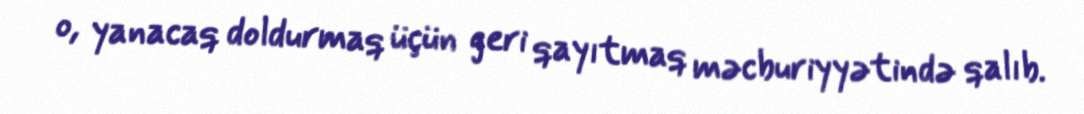
o, yanacaq doldurmaq üçün geri qayıtmaq məcburiyyətində qalıb.